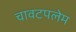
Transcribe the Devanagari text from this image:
चावटपलेम